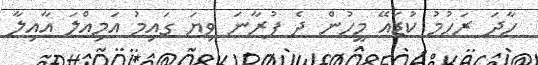
ހާދަ ރަހުމު ކުޑައޭ މީހުން ދެ ފުރާނަ ވިޔަ ގައިމު އަމިއްލަ އާއިލާ